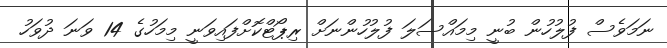
ނަމަވެސް ފުލުހުން ބުނީ މިމައްސަލަ ފުލުހުންނަށް ރިޕޯޓްކޮށްފައިވަނީ މިމަހުގެ 14 ވަނަ ދުވަހު